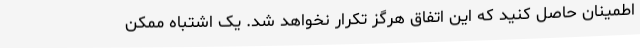
اطمینان حاصل کنید که این اتفاق هرگز تکرار نخواهد شد. یک اشتباه ممکن